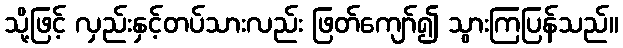
သို့ဖြင့် လှည်းနှင့်တပ်သားလည်း ဖြတ်ကျော်၍ သွားကြပြန်သည်။